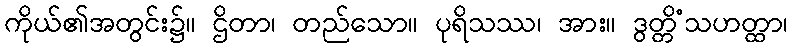
ကိုယ်၏အတွင်း၌။ ဌိတာ၊ တည်သော။ ပုရိသဿ၊ အား။ ဒွတ္တိံသဟတ္ထာ၊